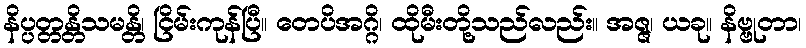
နိပ္ပတ္တန္တိသမန္တိ၊ ငြိမ်းကုန်ပြီ။ တေပိအဂ္ဂိ၊ ထိုမီးတို့သည်လည်း။ အဇ္ဇ၊ ယခု။ နိဗ္ဗုတာ၊